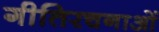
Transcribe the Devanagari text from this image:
गीतिरचनाओं